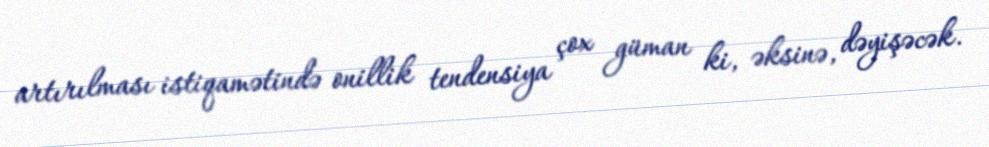
artırılması istiqamətində onillik tendensiya çox güman ki, əksinə, dəyişəcək.